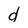
Character: d